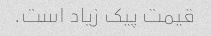
قیمت پیک زیاد است.